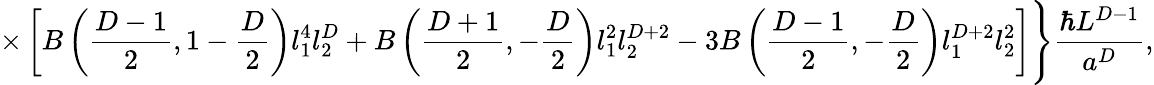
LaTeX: \times\left[B\left({\frac{D-1}{2}},1-{\frac{D}{2}}\right)l_{1}^{4}l_{2}^{D}+B\left({\frac{D+1}{2}},-{\frac{D}{2}}\right)l_{1}^{2}l_{2}^{D+2}-3B\left({\frac{D-1}{2}},-{\frac{D}{2}}\right)l_{1}^{D+2}l_{2}^{2}\right]\Biggr\} {\frac{\hbar L^{D-1}}{a^{D}}},